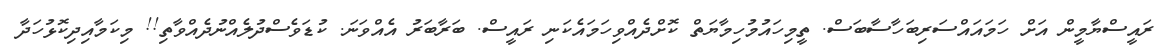
ރައީސްޔާމީން އަށް ހަމައައްސަރިބަހާސާބަސް. ތީމިހައުމުހިމާޔަތް ކޮށްދެއްވިހަމައެކަނި ރައީސް. ބަރާބަރު އެއްވަނަ. ކުޑަވެސްދުލެއްނުދެއްވާތި!! މިކަމާއިދިކޮޅުހަދާ